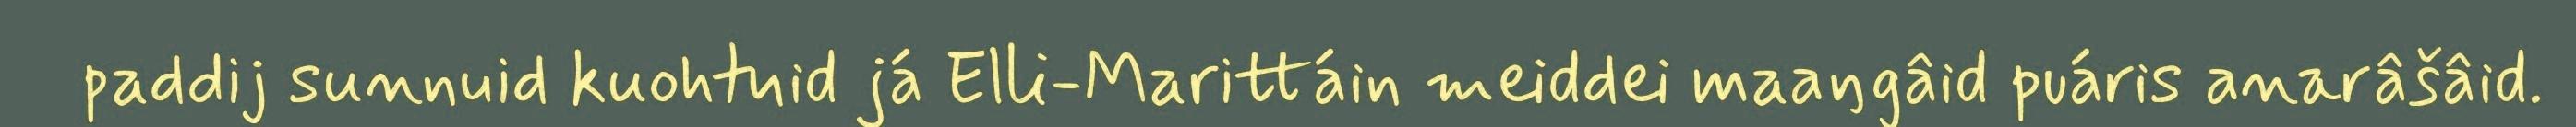
paddij sunnuid kuohtuid já Elli-Marittáin meiddei maaŋgâid puáris anarâšâid.